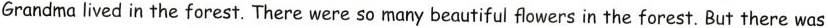
Grandma lived in the forest. There were so many beautiful flowers in the forest. But there was